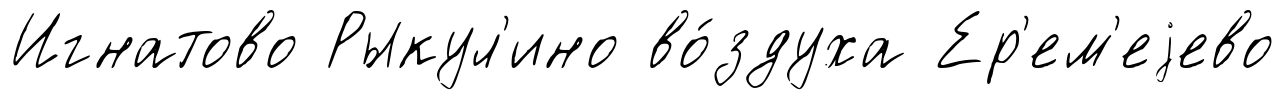
Игнатово Рыкул'ино во́здуха Ер'ем'еjево